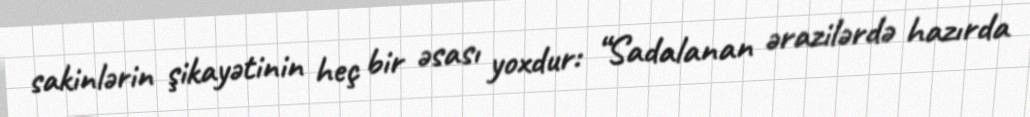
sakinlərin şikayətinin heç bir əsası yoxdur: “Sadalanan ərazilərdə hazırda